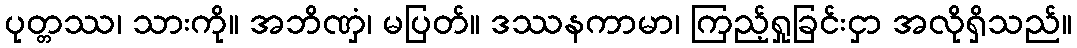
ပုတ္တဿ၊ သားကို။ အဘိဏှံ၊ မပြတ်။ ဒဿနကာမာ၊ ကြည့်ရှုခြင်းငှာ အလိုရှိသည်။